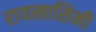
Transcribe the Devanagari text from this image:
रायखासिनी